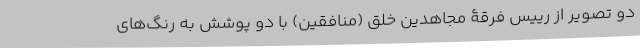
دو تصویر از رییس فرقۀ مجاهدین خلق (منافقین) با دو پوشش به رنگ‌های